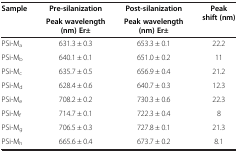
| Sample | Pre-silanization | Post-silanization | Peak shift (nm) |
 |  | Peak wavelength (nm) Er± | Peak wavelength (nm) Er± |  |
 | --- | --- | --- | --- |
 | PSi-Ma | 631.3 ± 0.3 | 653.3 ± 0.1 | 22.2 |
 | PSi-Mb | 640.1 ± 0.1 | 651.0 ± 0.2 | 11 |
 | PSi-Mc | 635.7 ± 0.5 | 656.9 ± 0.4 | 21.2 |
 | PSi-Md | 628.4 ± 0.6 | 640.7 ± 0.3 | 12.3 |
 | PSi-Me | 708.2 ± 0.2 | 730.3 ± 0.6 | 22.3 |
 | PSi-Mf | 714.7 ± 0.1 | 722.3 ± 0.4 | 8 |
 | PSi-Mg | 706.5 ± 0.3 | 727.8 ± 0.1 | 21.3 |
 | PSi-Mh | 665.6 ± 0.4 | 673.7 ± 0.2 | 8.1 |